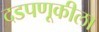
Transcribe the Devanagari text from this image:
दडपणूकीला